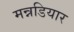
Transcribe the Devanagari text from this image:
मन्नडियार